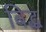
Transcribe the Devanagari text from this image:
बिद्ध